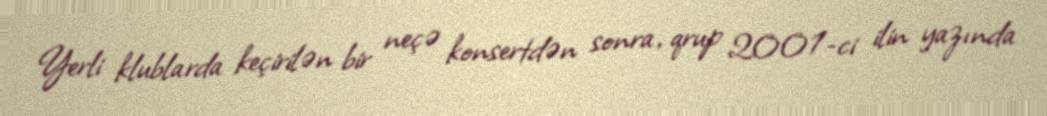
Yerli klublarda keçirilən bir neçə konsertdən sonra, qrup 2001-ci ilin yazında